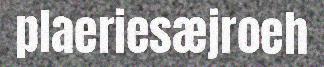
plaeriesæjroeh